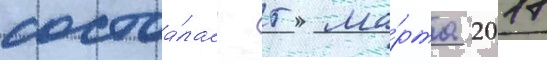
состоа́лась 5 ма́рта 2017